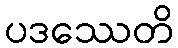
ပဒဿေတိ